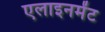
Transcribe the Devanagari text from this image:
एलाइनमेंट